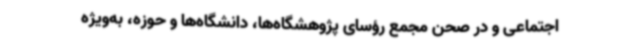
اجتماعی و در صحن مجمع رؤسای پژوهشگاه‌ها، دانشگاه‌ها و حوزه، به‌ویژه